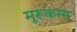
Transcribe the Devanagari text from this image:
मूरूकम्म्